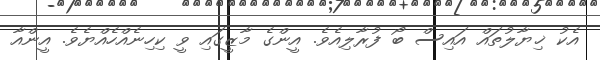
އެކު ޚިޔާލުތައް އައިސް ބޯ ފުރާލިއެވެ. އީންގެ މާޒީގައި ވީ ކިހިނެއްހެއްޔެވެ. އީންއާ